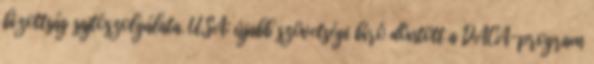
bizottság sajtószolgálata. USA: újabb szövetségi bíró döntött a DACA-program